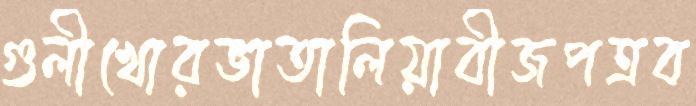
গুলীখোরভাতালিয়াবীজপত্রব